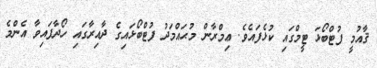
ޤާއުމީ ފުޓްބޯޅަ ޓީމްގައި ކުޅެފައެވެ. ޢިމްރާން މުޙައްމަދު ފުޓްބޯޅައިގެ ދާއިރާގައި ހޯދާފައިވާ އެންމެ